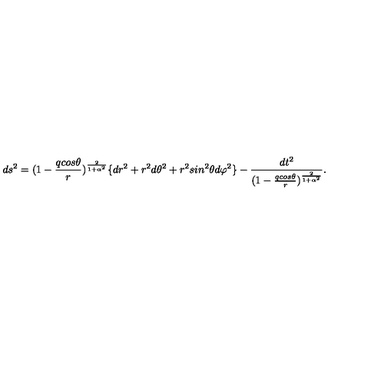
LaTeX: d s ^ { 2 } = ( 1 - { \frac { q c o s \theta } { r } } ) ^ { \frac { 2 } { 1 + \alpha ^ { 2 } } } \lbrace d r ^ { 2 } + r ^ { 2 } d \theta ^ { 2 } + r ^ { 2 } s i n ^ { 2 } \theta d \varphi ^ { 2 } \rbrace - { \frac { d t ^ { 2 } } { ( 1 - { \frac { q c o s \theta } { r } } ) ^ { \frac { 2 } { 1 + \alpha ^ { 2 } } } } } .